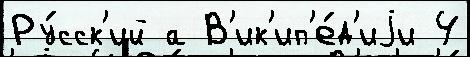
Ру́сск'ий а В'ик'ип'е́д'иjи 4